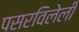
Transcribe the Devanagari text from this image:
पसरविलेली